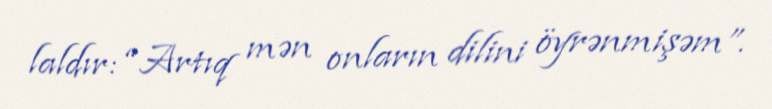
laldır: “Artıq mən onların dilini öyrənmişəm”.